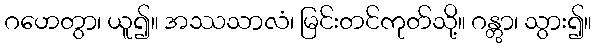
ဂဟေတွာ၊ ယူ၍။ အဿသာလံ၊ မြင်းတင်ကုတ်သို့။ ဂန္တွာ၊ သွား၍။